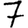
Digit: 7